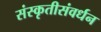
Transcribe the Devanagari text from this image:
संस्कृतीसंवर्धन